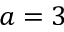
a = 3